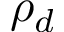
\rho _ { d }